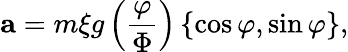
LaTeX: \mathbf{a}=m\xi g\left(\frac{\varphi}{\Phi}\right)\left\{ \cos\varphi,\sin\varphi\right\} ,